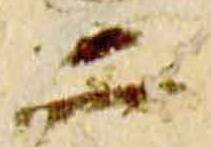
二